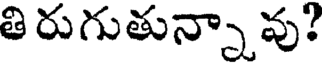
తి రుగుతున్నా వు?